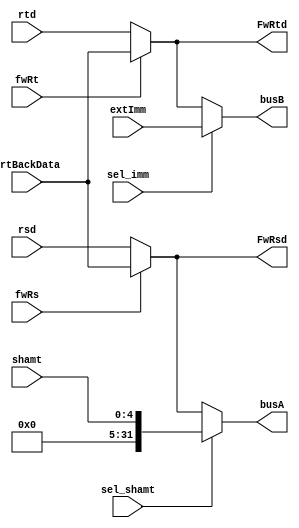
//-----------------------------------------------------------------------------
//  Module: ALUInputs
//  Desc: select the appropriate input sources for ALU
//  Inputs Interface:
//    rsd: R[$rs]
//    rtd: R[$rt]
//    WrtBackData: WrtBackData from Memory Stage
//    extImm: extended immediate
//    shamt:  shamt field 
//    sel_shamt, sel_imm, fwRs, fwRt
//  Output Interface:
//    busA, busB, FwRsd, FwRtd
//-----------------------------------------------------------------------------

module ALUInputs(
            input [31:0] rsd, 
            input [31:0] rtd, 
            input [31:0] WrtBackData, 
            input [31:0] extImm,
            input [4:0]  shamt,
            input fwRs, 
            input fwRt, 
            input sel_shamt, 
            input sel_imm,
            output [31:0] busA, 
            output [31:0] busB,
            output [31:0] FwRsd,
            output [31:0] FwRtd
);


    //assigning outputs
    assign FwRsd = (fwRs == 1) ? WrtBackData : rsd;
    assign FwRtd = (fwRt == 1) ? WrtBackData : rtd; 
    
    assign busA  = (sel_shamt == 1) ? {27'b0, shamt} : FwRsd; 
    assign busB  = (sel_imm == 1) ? extImm : FwRtd; 
    

endmodule